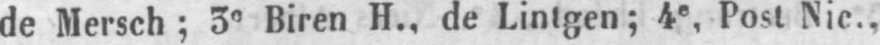
de Mersch; 3e Biren H., de Lintgen; 4e, Post Nic.,